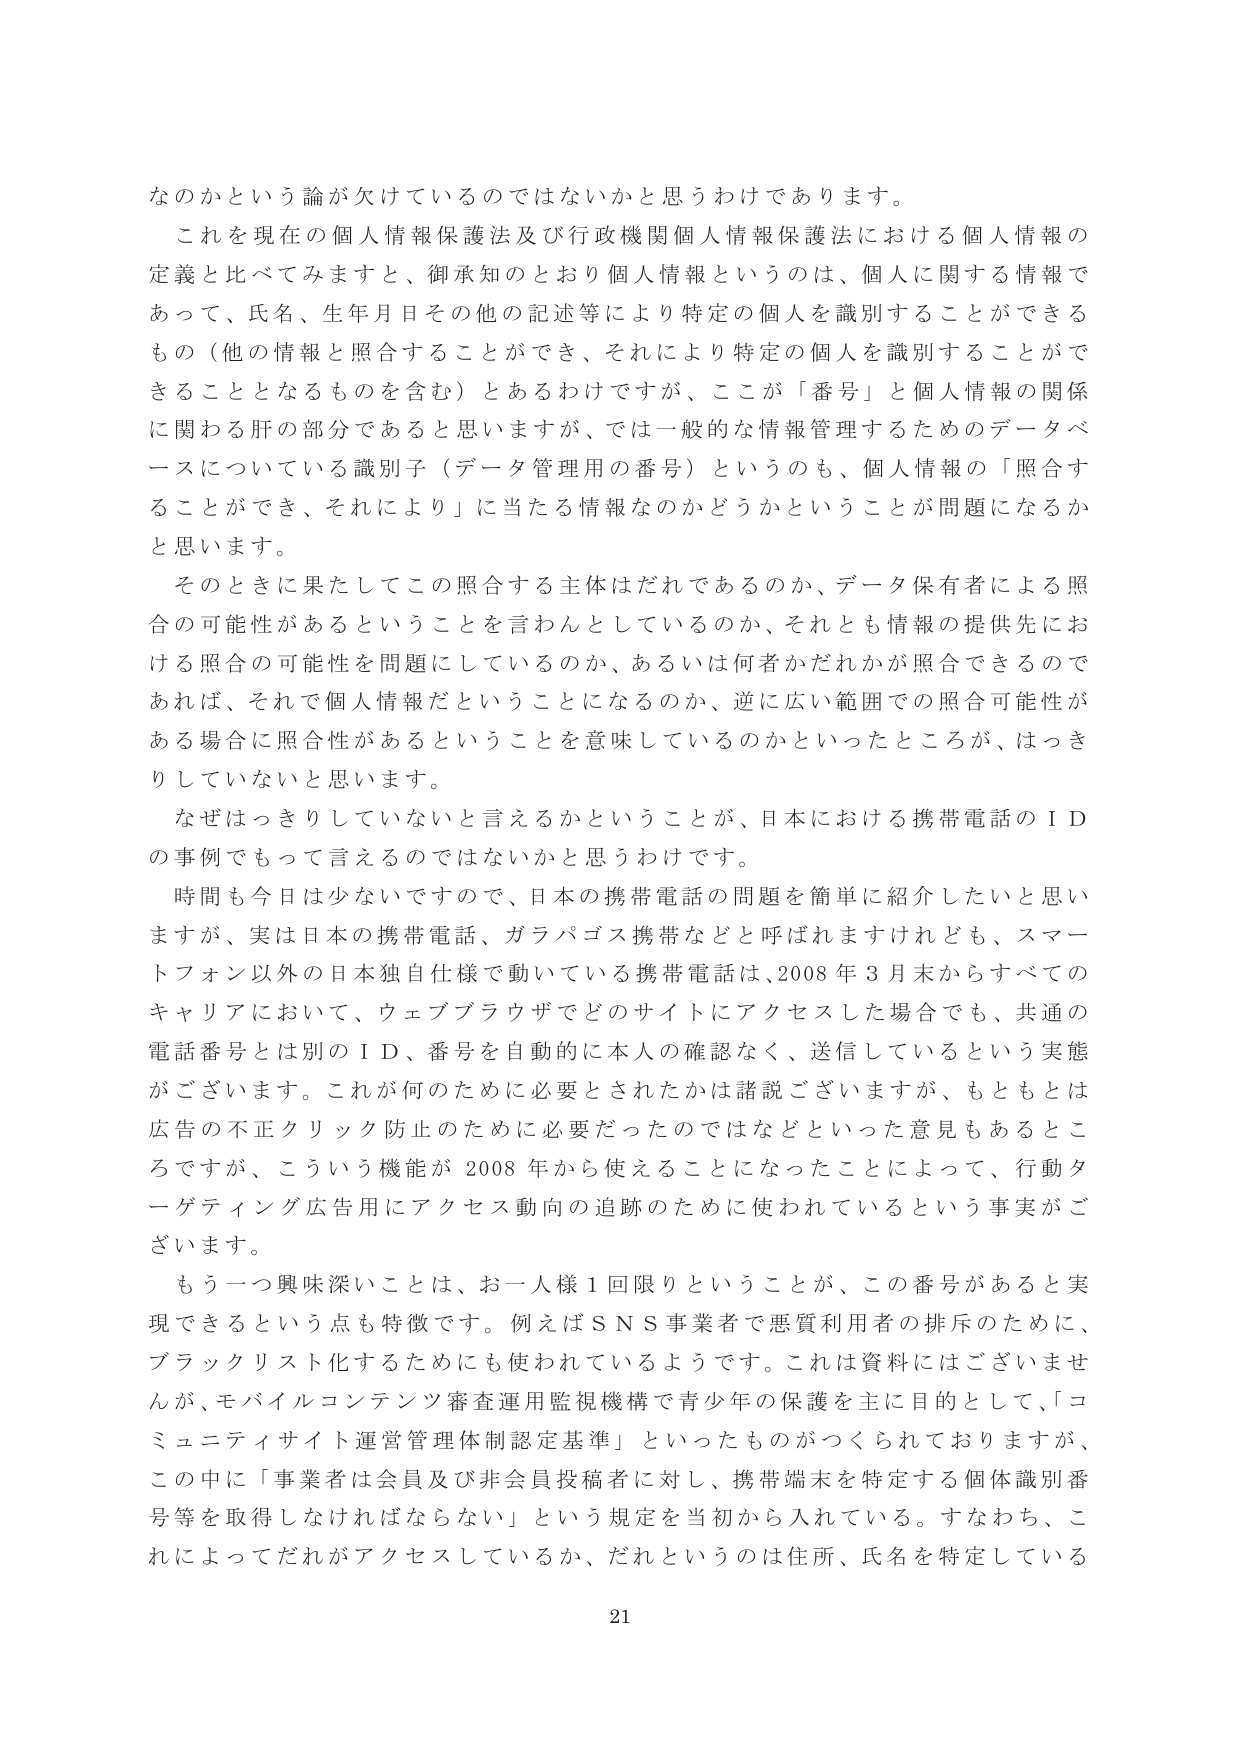
なのかという論が欠けているのではないかと思うわけであります。

これを現在の個人情報保護法及び行政機関個人情報保護法における個人情報の定義と比べてみますと、御承知のとおり個人情報というのは、個人に関する情報であって、氏名、生年月日その他の記述等により特定の個人を識別することができるもの（他の情報と照合することができ、それにより特定の個人を識別することができるものとなるものを含む）とあるわけですが、ここが「番号」と個人情報の関係に関わる肝の部分であると思いますが、では一般的な情報管理するためのデータベースについている識別子（データ管理用の番号）というのも、個人情報の「照合することができ、それにより」に当たる情報なのかどうかということが問題になるかと思います。

そのときに果たしてこの照合する主体はだれであるのか、データ保有者による照合の可能性があるということを言わんとしているのか、それとも情報の提供先における照合の可能性を問題にしているのか、あるいは何者かだれかが照合できるのであれば、それで個人情報だということになるのか、逆に広い範囲での照合可能性がある場合に照合性があるということを意味しているのかといったところが、はっきりしていないと思います。

なぜはっきりしていないと言えるかということが、日本における携帯電話のＩＤの事例でもって言えるのではないかと思うわけです。

時間も今日は少ないですので、日本の携帯電話の問題を簡単に紹介したいと思いますが、実は日本の携帯電話、ガラパゴス携帯などと呼ばれますけれども、スマートフォン以外の日本独自仕様で動いている携帯電話は、2008年3月頃からすべてのキャリアにおいて、ウェブブラウザでどのサイトにアクセスした場合でも、共通の電話番号とは別のＩＤ、番号を自動的に本人の確認なく、送信しているという実態がございます。これが何のために必要とされたかは諸説ございますが、もともとは広告の不正クリック防止のために必要だったのではなどといった意見もあるところですが、こういう機能が2008年から使えることになったことによって、行動ターゲティング広告用にアクセス動向の追跡のために使われているという事実がございます。

もう一つ興味深いことは、お一人様1回限りということが、この番号があると実現できるという点も特徴です。例えばＳＮＳ事業者で悪質利用者の排斥のために、ブラックリスト化するためにも使われているようです。これは資料にはございませんが、モバイルコンテンツ審査運用監視機構で青少年の保護を主に目的として、「コミュニティサイト運営管理体制認定基準」といったものがつくられておりますが、この中に「事業者は会員及び非会員投稿者に対し、携帯端末を特定する個体識別番号等を取得しなければならない」という規定を当初から入れている。すなわち、これによってだれがアクセスしているか、だれというのは住所、氏名を特定している

21